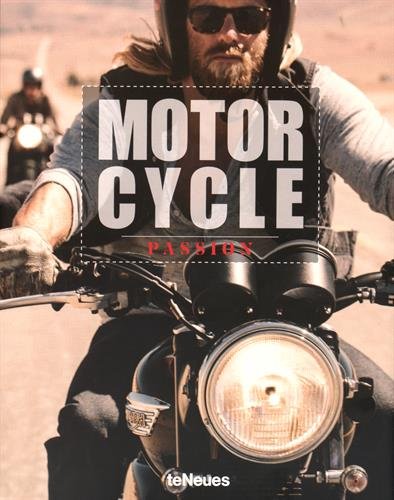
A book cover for Motorcycle Passion; Arts & Photography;